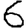
Digit: 6